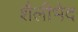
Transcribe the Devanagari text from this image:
शैलीभेद